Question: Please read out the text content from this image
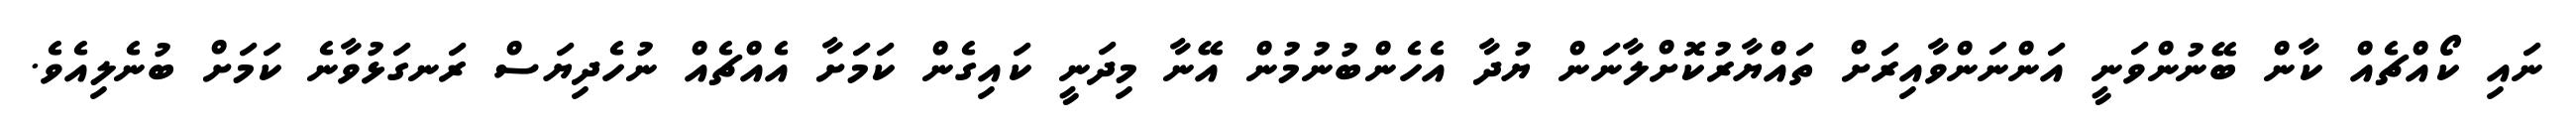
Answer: ނައި ކޯއްޗެއް ކާން ބޭނުންވަނީ އަންނަންވާއިރަށް ތައްޔާރުކޮށްލާނަން ޔުދާ އެހެންބުނުމުން އޭނާ މިދަނީ ކައިގެން ކަމަށާ އެއްޗެއް ނުހެދިޔަސް ރަނގަޅުވާނެ ކަމަށް ބުނެލިއެވެ.